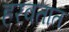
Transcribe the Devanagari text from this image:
हरवतात